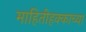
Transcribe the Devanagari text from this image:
माहितीहक्काच्या